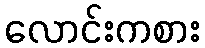
လောင်းကစား